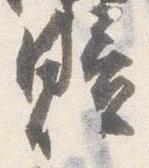
贖